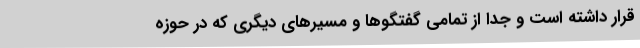
قرار داشته است و جدا از تمامی گفتگو‌ها و مسیر‌های دیگری که در حوزه